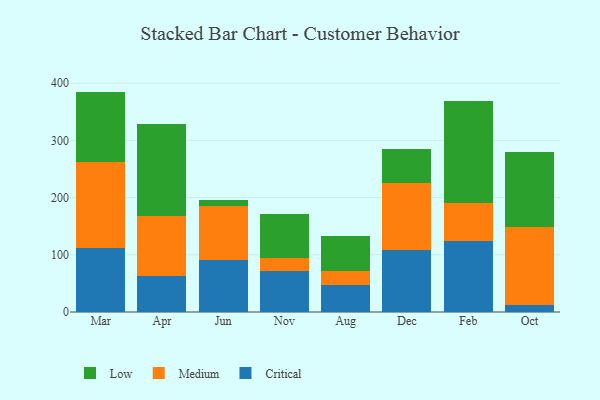
{"axis": {"x": "Month", "y": "Waste Production (Tons)"}, "legend": ["Critical", "Low", "Medium"], "data": [{"x": "Mar", "y": 111.7, "type": "Critical"}, {"x": "Mar", "y": 150.8, "type": "Medium"}, {"x": "Mar", "y": 122.8, "type": "Low"}, {"x": "Apr", "y": 63.3, "type": "Critical"}, {"x": "Apr", "y": 104.2, "type": "Medium"}, {"x": "Apr", "y": 160.4, "type": "Low"}, {"x": "Jun", "y": 91.0, "type": "Critical"}, {"x": "Jun", "y": 93.8, "type": "Medium"}, {"x": "Jun", "y": 11.0, "type": "Low"}, {"x": "Nov", "y": 71.4, "type": "Critical"}, {"x": "Nov", "y": 23.6, "type": "Medium"}, {"x": "Nov", "y": 75.6, "type": "Low"}, {"x": "Aug", "y": 46.8, "type": "Critical"}, {"x": "Aug", "y": 25.6, "type": "Medium"}, {"x": "Aug", "y": 59.9, "type": "Low"}, {"x": "Dec", "y": 107.6, "type": "Critical"}, {"x": "Dec", "y": 118.5, "type": "Medium"}, {"x": "Dec", "y": 58.1, "type": "Low"}, {"x": "Feb", "y": 123.6, "type": "Critical"}, {"x": "Feb", "y": 66.7, "type": "Medium"}, {"x": "Feb", "y": 178.6, "type": "Low"}, {"x": "Oct", "y": 12.4, "type": "Critical"}, {"x": "Oct", "y": 136.9, "type": "Medium"}, {"x": "Oct", "y": 131.0, "type": "Low"}]}